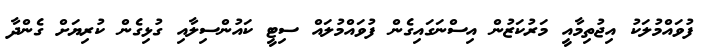
ފުވައްމުލަކު އިޖުތިމާއީ މަރުކަޒުން އިސްނަގައިގެން ފުވައްމުލައް ސިޓީ ކައުންސިލާއި ގުޅިގެން ކުރިޔަށް ގެންދާ